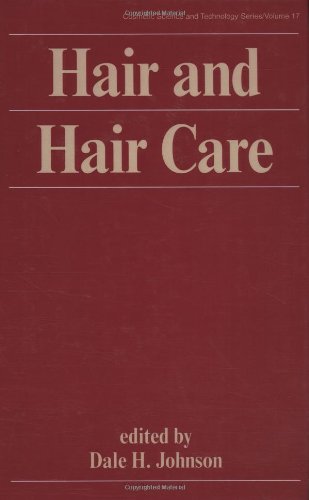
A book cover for Hair and Hair Care (Cosmetic Science and Technology); Health, Fitness & Dieting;